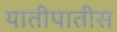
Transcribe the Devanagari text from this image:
यातीपातीस